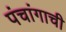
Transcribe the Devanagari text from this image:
पंचांगाची